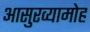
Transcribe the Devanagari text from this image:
आसुरव्यामोह